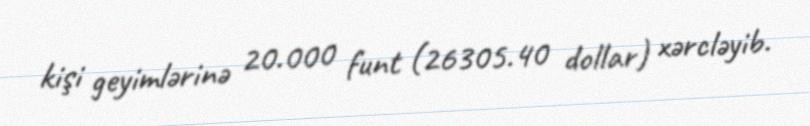
kişi geyimlərinə 20.000 funt (26305.40 dollar) xərcləyib.